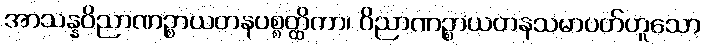
အာသန္နဝိညာဏဉ္စာယတနပစ္စတ္ထိကာ၊ ဝိညာဏဉ္စာယတနသမာပတ်ဟူသော